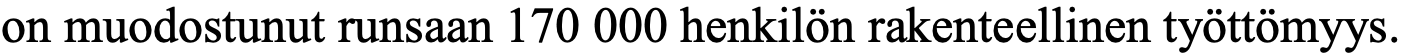
on muodostunut runsaan 170 000 henkilön rakenteellinen työttömyys.